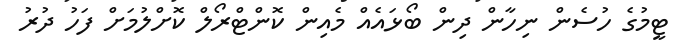
ޓީމުގެ ހުސެން ނިހާން ދިން ބޯޅައެއް މެއިން ކޮންޓްރޯލް ކޮށްލުމަށް ފަހު ދުރު